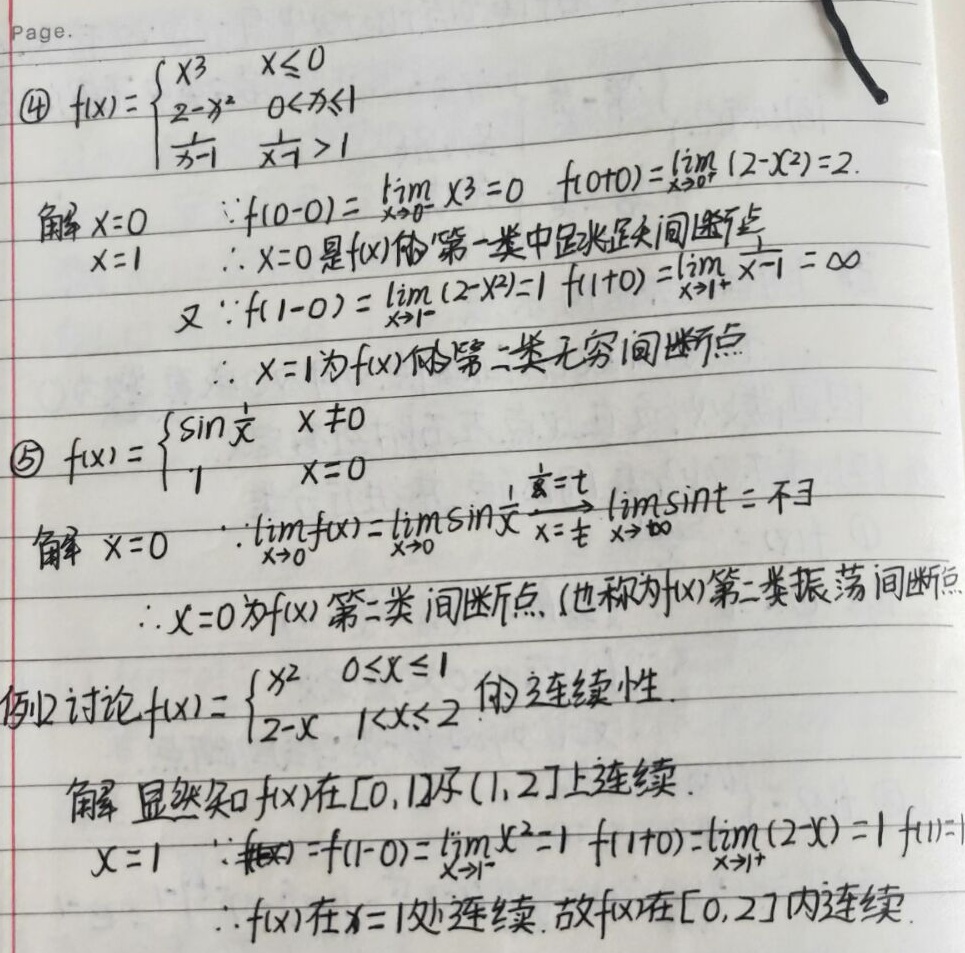
\textcircled{4} 求函数\(f(x)=\begin{cases}x^{3},&x\leq0\\2 - x^{2},&0\lt x\leq1\\\frac{1}{x - 1},&x\gt1\end{cases}\)的间断点类型。

解：对于\(x = 0\)：
\(\because f(0 - 0)=\lim_{x\rightarrow0^{-}}x^{3}=0\)，\(f(0 + 0)=\lim_{x\rightarrow0^{+}}(2 - x^{2})=2\)。
\(\therefore x = 0\)是\(f(x)\)的第一类中跳跃间断点。

对于\(x = 1\)：
\(\because f(1 - 0)=\lim_{x\rightarrow1^{-}}(2 - x^{2})=1\)，\(f(1 + 0)=\lim_{x\rightarrow1^{+}}\frac{1}{x - 1}=\infty\)
\(\therefore x = 1\)为\(f(x)\)的第二类无穷间断点。

\textcircled{5} 求函数\(f(x)=\begin{cases}\sin\frac{1}{x},&x\neq0\\1,&x = 0\end{cases}\)的间断点类型。

解：对于\(x = 0\)：
\(\because\lim_{x\rightarrow0}f(x)=\lim_{x\rightarrow0}\sin\frac{1}{x}\stackrel{\frac{1}{x}=t}{=}\lim_{t\rightarrow\infty}\sin t\)不存在
\(\therefore x = 0\)为\(f(x)\)第二类间断点 (也称为\(f(x)\)第二类振荡间断点)。

例 2 讨论\(f(x)=\begin{cases}x^{2},&0\leq x\leq1\\2 - x,&1\lt x\leq2\end{cases}\)的连续性。

解：显然知\(f(x)\)在\([0,1)\)及\((1,2]\)上连续。

对于\(x = 1\)：
\(\because f(1)=f(1 - 0)=\lim_{x\rightarrow1^{-}}x^{2}=1\)，\(f(1 + 0)=\lim_{x\rightarrow1^{+}}(2 - x)=1\)，\(f(1)=1\)
\(\therefore f(x)\)在\(x = 1\)处连续，故\(f(x)\)在\([0,2]\)内连续。